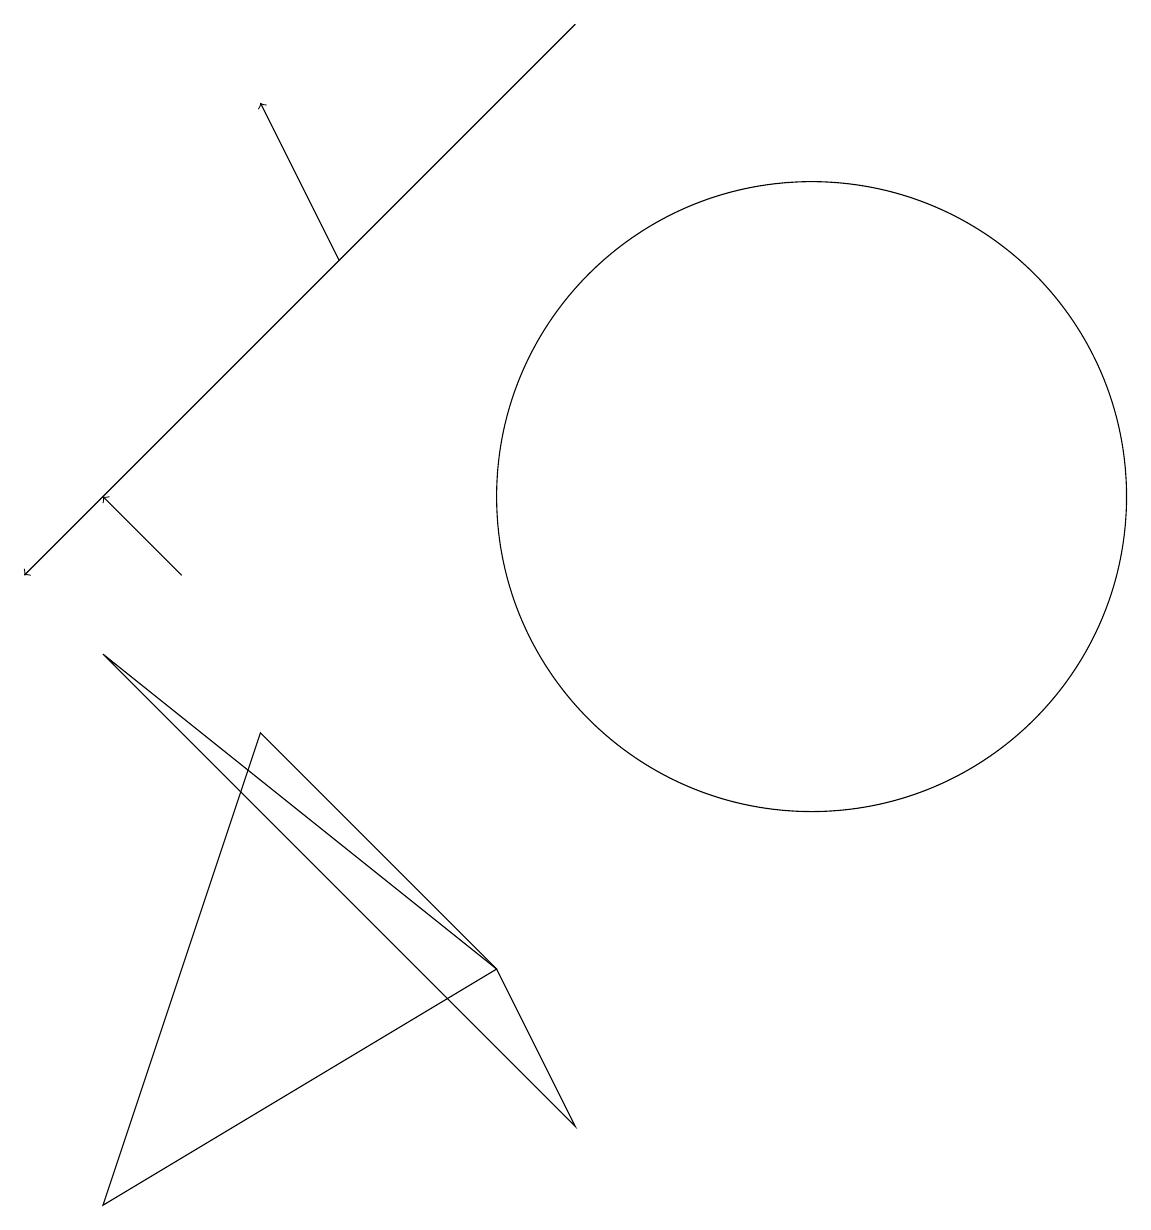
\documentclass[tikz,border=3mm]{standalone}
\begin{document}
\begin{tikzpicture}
\draw[->] (7,17) -- (0,10);
\draw (1,9) -- (6,5) -- (7,3) -- cycle;
\draw (10,11) circle (4);
\draw (11,12) circle (0);
\draw (6,5) -- (3,8) -- (1,2) -- cycle;
\draw[->] (4,14) -- (3,16);
\draw[->] (2,10) -- (1,11);
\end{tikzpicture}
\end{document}